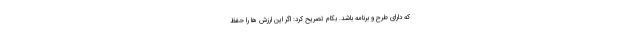
که دارای طرح و برنامه باشد. بکام تصریح کرد: اگر این ارزش ها را حفظ